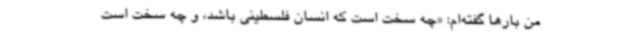
من بارها گفته‌ام: «چه سخت است که انسان فلسطینی باشد، و چه سخت است